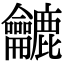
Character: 𪛓